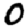
Digit: 0